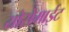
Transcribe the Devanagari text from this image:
योसेमाईट